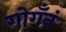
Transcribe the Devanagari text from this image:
गोगँनं